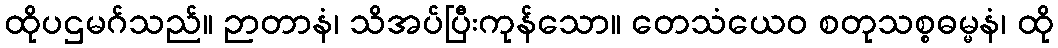
ထိုပဌမဂ်သည်။ ဉာတာနံ၊ သိအပ်ပြီးကုန်သော။ တေသံယေဝ စတုသစ္စဓမ္မနံ၊ ထို